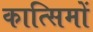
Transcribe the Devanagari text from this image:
कात्सिमों